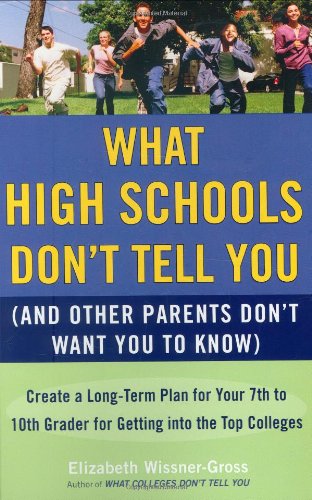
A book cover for What High Schools Don't Tell You (And Other Parents Don't Want You toKnow): Create a Long-Term Plan for Your 7th to 10th Grader for Getting into the Top Col leges; Elizabeth Wissner-Gross; Education & Teaching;